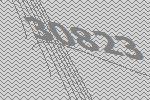
30823